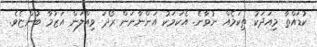
ކުޑައްތާ މިއަދަކު ތިކަމެއް ނުވާނެ. އެކަމަކު އަންނާނަން ރޯދަ ވިއްލަން އަޒުމާ ބުންޏެވެ.